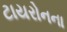
ટાયરોનના